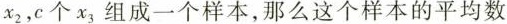
x_{2}，c个x_{3}组成一个样本，那么这个样本的平均数